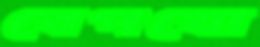
বেপথো